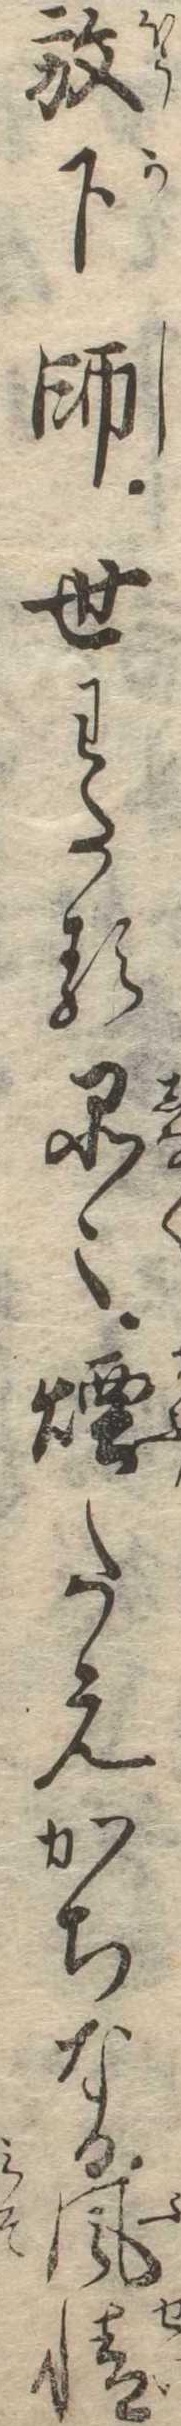
放下師世わたる品〻煙たえがちなる風情